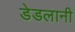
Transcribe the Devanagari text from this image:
डेडलानी